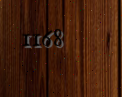
1168